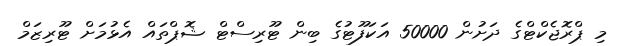
މި ޕްރޮޖެކްޓްގެ ދަށުން 50000 އަކަފޫޓުގެ ބިން ޓޫރިސްޓް ޝޮޕްތައް އެޅުމަށް ޓޫރިޒަމް